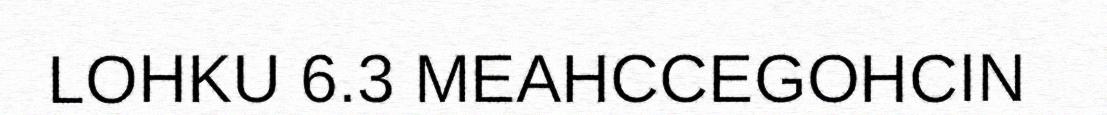
LOHKU 6.3 MEAHCCEGOHCIN